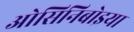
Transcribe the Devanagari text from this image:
ओसिनिबोइया